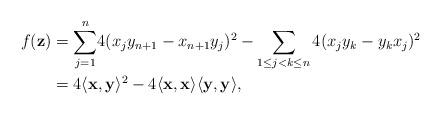
LaTeX: \begin{align*}f(\mathbf{z}) & ={\displaystyle \sum_{j=1}^{n}}4(x_jy_{n+1}-x_{n+1}y_{j})^{2}-\sum_{1\leq j<k \leq n} 4(x_jy_{k}-y_{k}x_{j})^{2}\\& =4\langle\mathbf{x},\mathbf{y}\rangle^2-4\langle\mathbf{x},\mathbf{x}\rangle \langle\mathbf{y},\mathbf{y}\rangle,\end{align*}